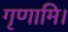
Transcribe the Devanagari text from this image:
गृणामि।